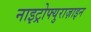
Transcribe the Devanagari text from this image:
नाइट्रोफ्युराज़ाइन